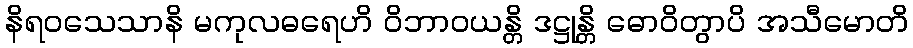
နိရဝသေသာနိ မကုလဓရေဟိ ဝိဘာဝယန္တိ ဒဋ္ဌုန္တိ ဓောဝိတွာပိ အသီမောတိ